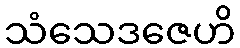
သံသေဒဇေဟိ